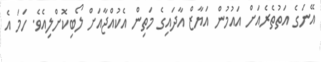
އޭނަގެ އަތުތެރެއަށް އައުމުން އަޔާޒް އާދައިގެ މަތިން އެކުއްޖާއަށް ލޯބިކޮށްލިއެވެ. ހަމަ އެ